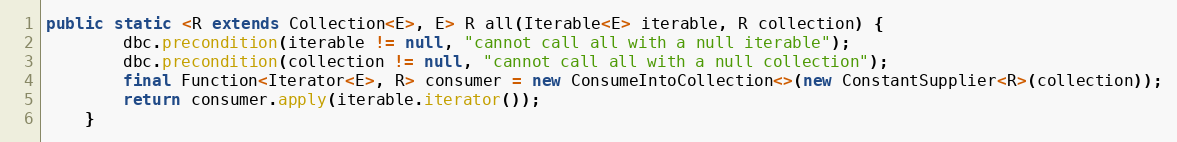
Language: Java
public static <R extends Collection<E>, E> R all(Iterable<E> iterable, R collection) {
        dbc.precondition(iterable != null, "cannot call all with a null iterable");
        dbc.precondition(collection != null, "cannot call all with a null collection");
        final Function<Iterator<E>, R> consumer = new ConsumeIntoCollection<>(new ConstantSupplier<R>(collection));
        return consumer.apply(iterable.iterator());
    }